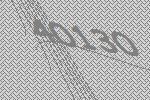
40130